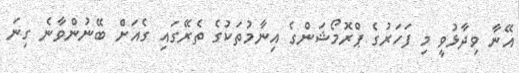
އޭނާ ވިދާޅުވީ މި ފަހަރުގެ ޕްރޮމޯޝަންގެ އިނާމުތަކުގެ ތެރޭގައި ގެއަށް ބޭނުންވާނެ ގިނަ